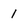
Character: 1